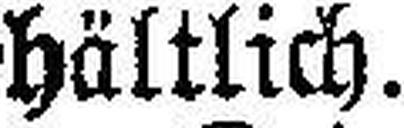
hältlich.